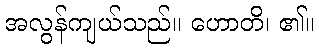
အလွန်ကျယ်သည်။ ဟောတိ၊ ၏။